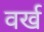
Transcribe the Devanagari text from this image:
वर्ख